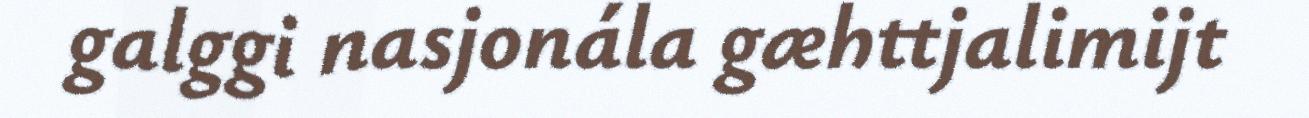
galggi nasjonála gæhttjalimijt